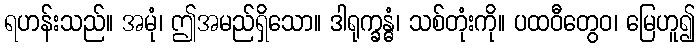
ရဟန်းသည်။ အမုံ၊ ဤအမည်ရှိသော။ ဒါရုက္ခန္ဓံ၊ သစ်တုံးကို။ ပထဝီတွေဝ၊ မြေဟူ၍